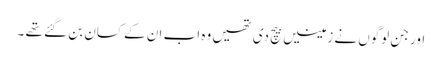
اور جن لوگوں نے زمینیں بیچ دی تھیں وہ اب ان کے کسان بن گئے تھے ۔